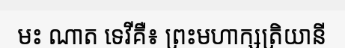
មះ ណាត ទេវីគឺ៖ ព្រះមហាក្សត្រិយានី